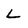
Character: L